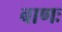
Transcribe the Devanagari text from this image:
बाणः